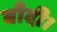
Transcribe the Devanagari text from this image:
बाँदी।